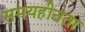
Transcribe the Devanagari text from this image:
समयहीनता